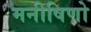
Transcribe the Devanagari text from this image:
मनीषिणो